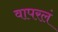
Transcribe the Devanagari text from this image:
वापरलं